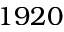
1 9 2 0